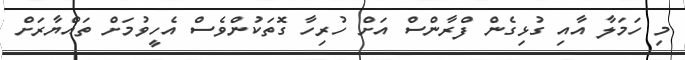
މި ހަމަލާ އާއި ގުޅިގެން ފްރާންސް އަށް ހުރިހާ ގޮތަކުންވެސް އެހީވުމަށް ތައްޔާރަށް